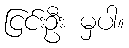
ငြင်းဦး မှပါ။